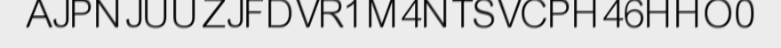
AJPNJUUZJFDVR1M4NTSVCPH46HHO0